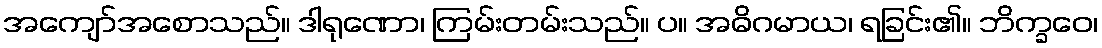
အကျော်အစောသည်။ ဒါရုဏော၊ ကြမ်းတမ်းသည်။ ပ။ အဓိဂမာယ၊ ရခြင်း၏။ ဘိက္ခဝေ၊